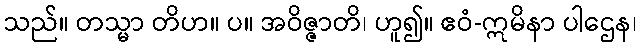
သည်။ တသ္မာ တိဟ။ ပ။ အဝိဇ္ဇာတိ၊ ဟူ၍။ ဧဝံ-ဣမိနာ ပါဌေန၊